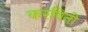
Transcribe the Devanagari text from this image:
करविती